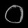
Digit: ၀